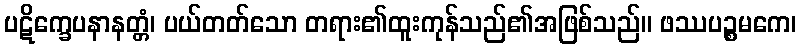
ပဋိက္ခေပနာနတ္တံ၊ ပယ်တတ်သော တရား၏ထူးကုန်သည်၏အဖြစ်သည်။ ဖဿပဉ္စမကေ၊